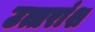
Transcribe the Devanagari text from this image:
उत्तरांश